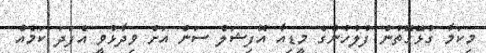
މިކަމާ ގުޅޭގޮތުން ފުލުހުންގެ މީޑިއާ އޮފިޝަލް ސަން އަށް ވިދާޅުވީ އެފަދަ ކަމެއް